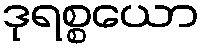
ဒုရစ္စယော